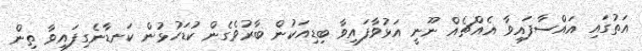
އަތުގައި އައްސާފައިވާ އެއްޗެއް ނޫނީ އަޅުވާފައިވާ ބިޑިއަކުން ބާރުވެގެން ކުޑަހުޅުން ކަނޑާނެގިފައިވާ ތިން